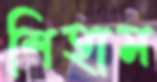
শিহাম